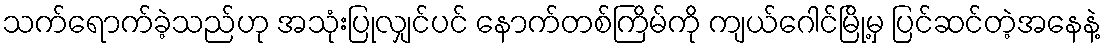
သက်ရောက်ခဲ့သည်ဟု အသုံးပြုလျှင်ပင် နောက်တစ်ကြိမ်ကို ကျယ်ဂေါင်မြို့မှ ပြင်ဆင်တဲ့အနေနဲ့